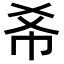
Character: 𢁫